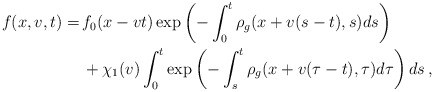
\begin{align*} f(x,v,t) =\,& f_0(x-vt)\exp\left( -\int_0^t \rho_g(x+v(s-t),s)ds\right) \\ & + \chi_1(v) \int_0^t \exp\left( -\int_s^t \rho_g(x+v(\tau-t),\tau)d\tau\right)ds \,,\end{align*}